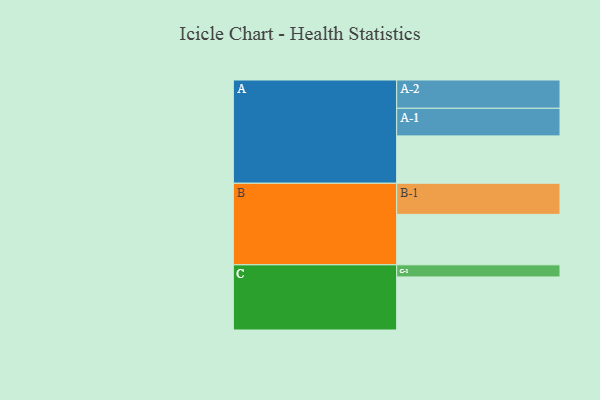
{"axis": {"x": "Segment", "y": "Value"}, "legend": ["", "A", "B", "C"], "data": [{"x": "A", "y": 367, "type": ""}, {"x": "B", "y": 391, "type": ""}, {"x": "C", "y": 411, "type": ""}, {"x": "A-1", "y": 214, "type": "A"}, {"x": "A-2", "y": 219, "type": "A"}, {"x": "B-1", "y": 241, "type": "B"}, {"x": "C-1", "y": 94, "type": "C"}]}